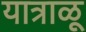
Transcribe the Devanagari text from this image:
यात्राळू